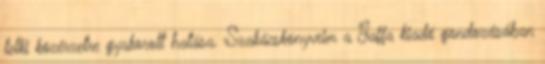
lelki közérzetre gyakorolt hatása. Szakácskönyveim a Jaffa kiadó gondozásában